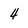
Character: 4